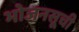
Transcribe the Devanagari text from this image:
भोजनसूची